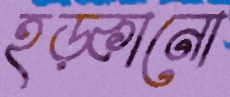
হড়্‌কানো